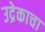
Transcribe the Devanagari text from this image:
उद्रेकाचा